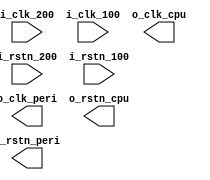
module crm_cpu (
    input           i_clk_200,
    input           i_clk_100,
    input           i_rstn_200,
    input           i_rstn_100,
    
    output          o_clk_cpu,
    output          o_clk_peri,
    output          o_rstn_cpu,
    output          o_rstn_peri
);


endmodule